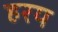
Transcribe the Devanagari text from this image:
हरय